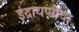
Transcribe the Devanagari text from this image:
इंद्रायणीचा